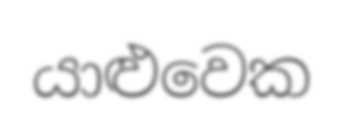
යාළුවෙක